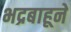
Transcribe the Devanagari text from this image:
भद्रबाहूने